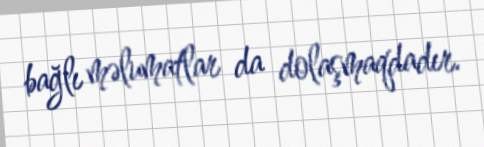
bağlı məlumatlar da dolaşmaqdadır.